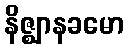
နိဇ္ဈာနခမော